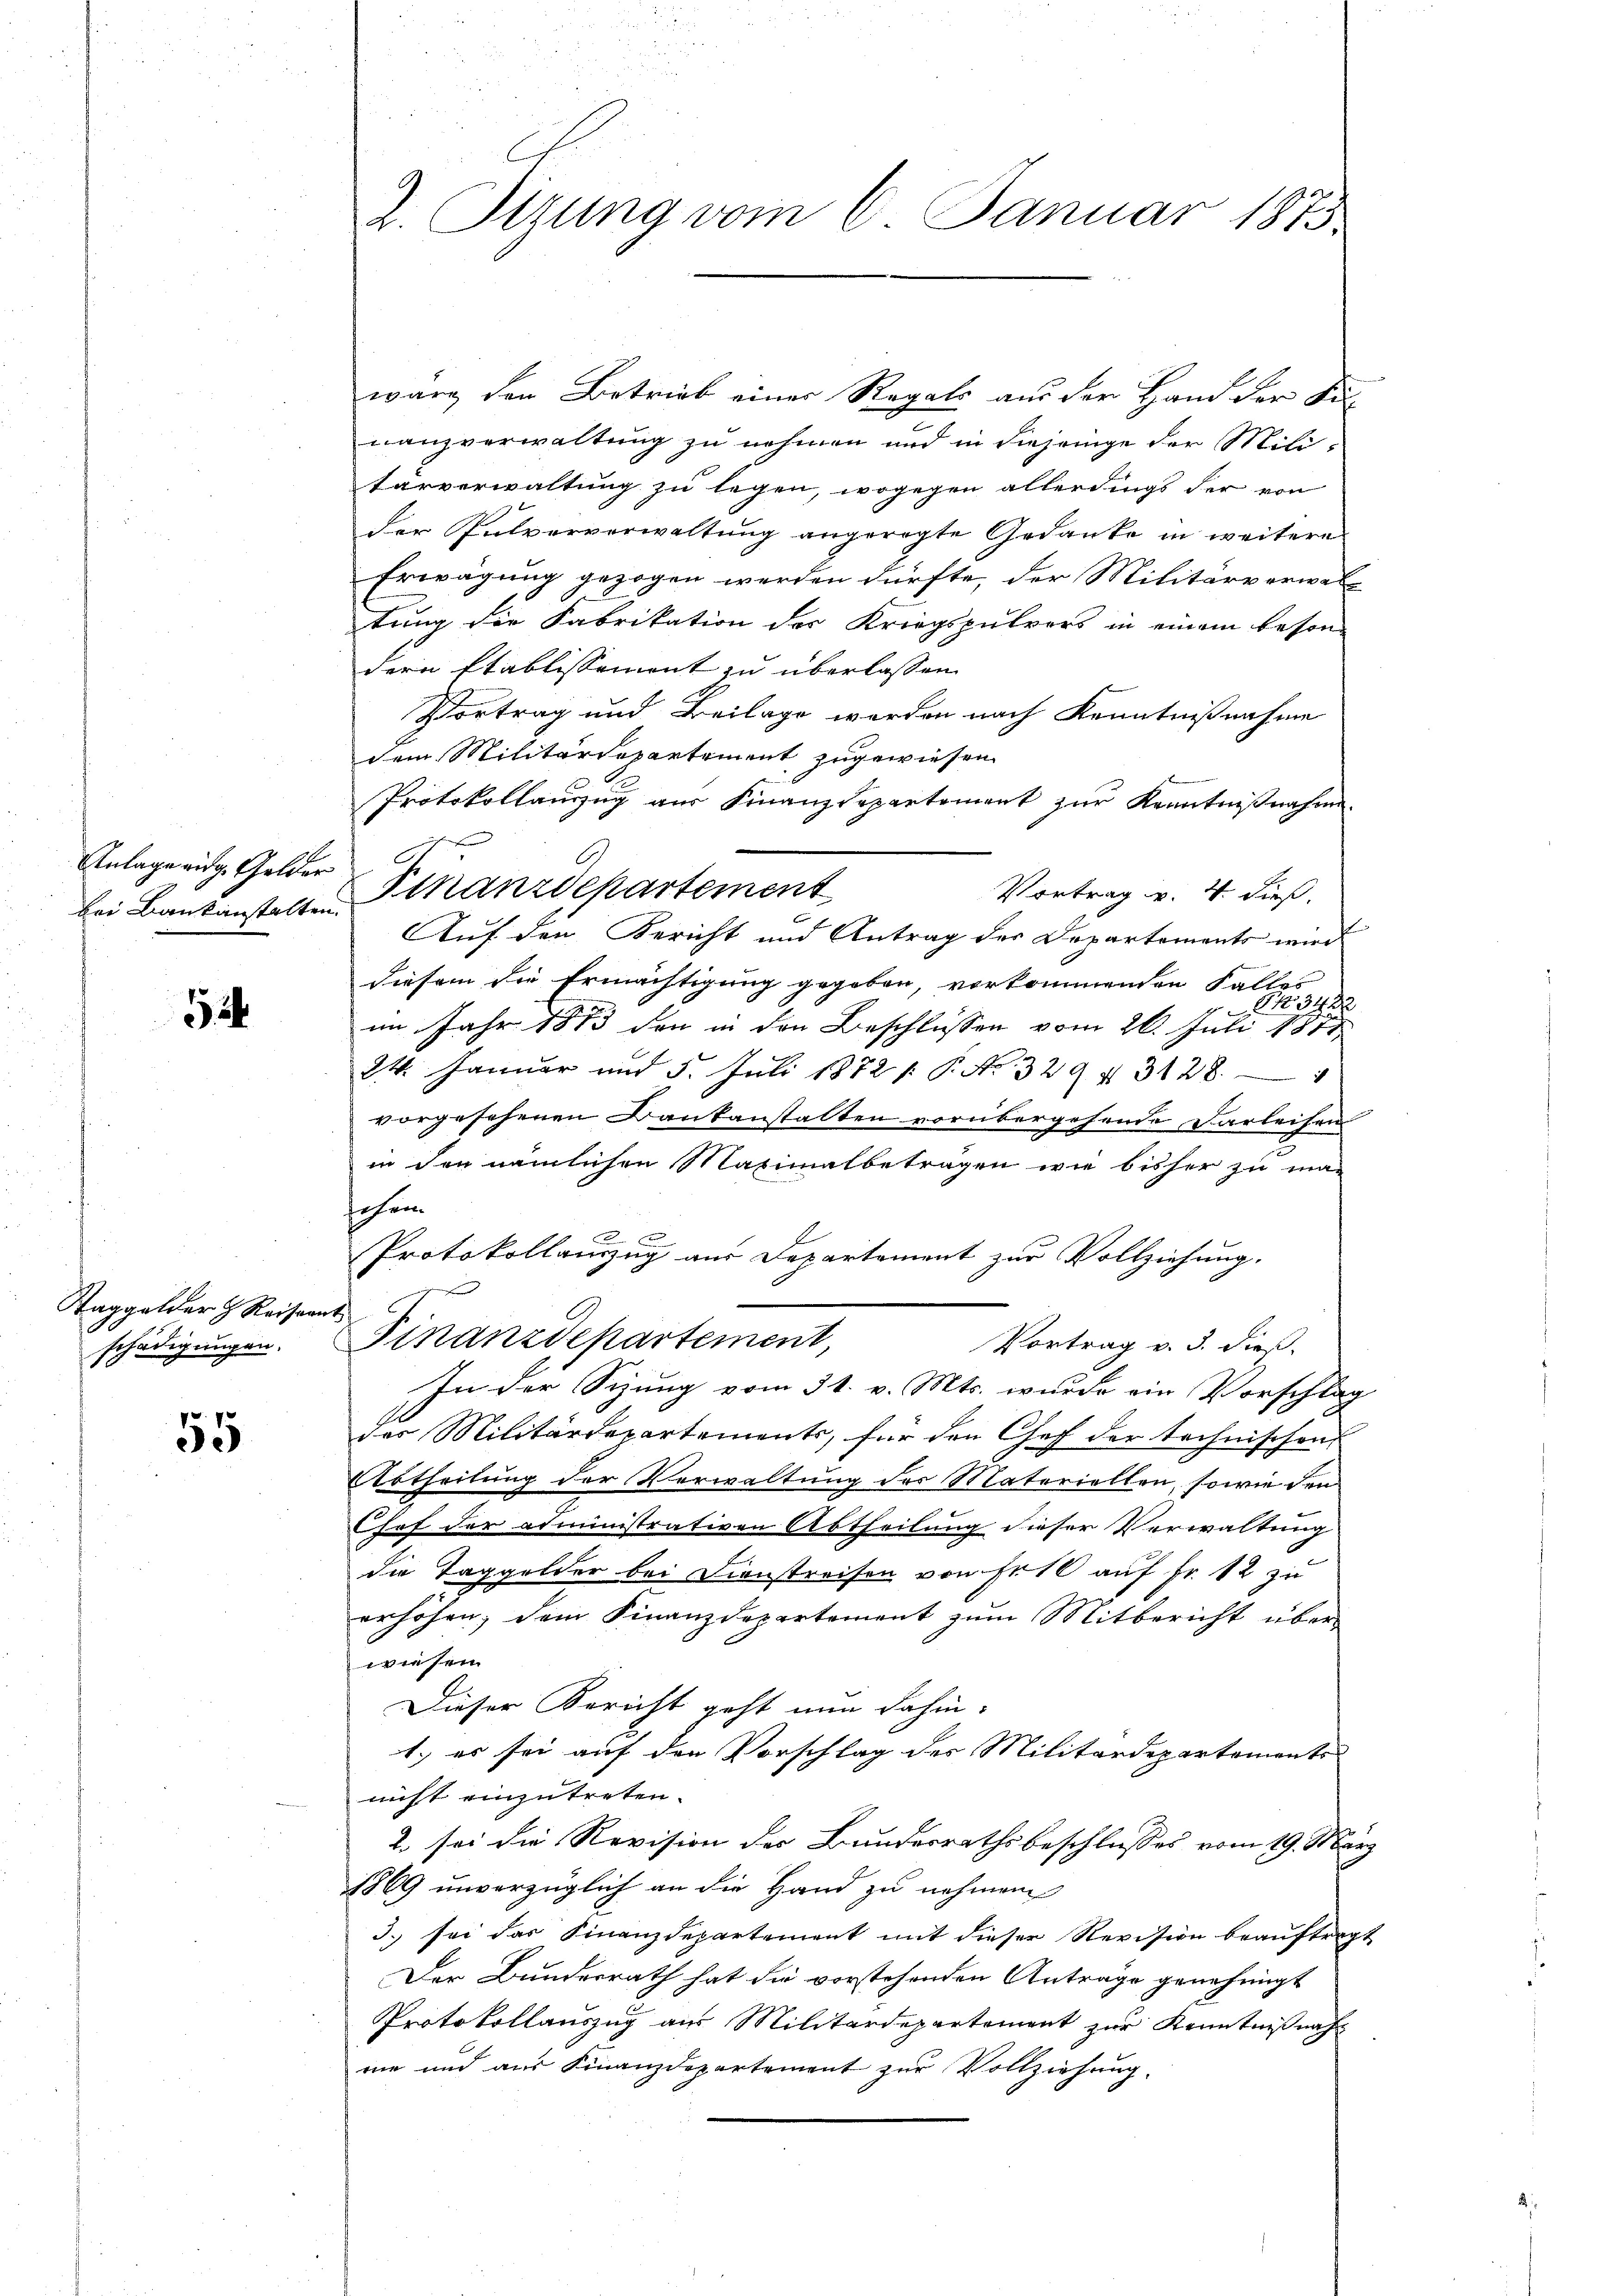
Anlage eidg. Gelder St

524

Taggelder H. Reiseant
schädigungen.

55

2. Tizung vom 6. Januar 1875.

war den Betrieb einer Regale aus der Hand der Aus
nanzverwaltung zu nehmen und in diejenige der Mili-
tärverwaltung zu legen, wogegen allerdings der von
der Pulververwaltung angeregte Gedanke in weitere
Erwägung gezogen werden dürfte, der Militärverwaltung der Fabrikation des Kriegspülrers in einem beson-
dern Etablissement zu überlassen
Vortrag und Beilage werden nach Kenntnißnahme
dem Militärdepartement zugewiesen.
Protokollauszug aus Finanzdepartement zur Kenntnißnahme.
Vortrag v. 4. dieß,
Auf den Bericht und Antrag des Dopartements wird
diesem die Ermächtigung gegeben, vorkommenden Falles
P. 3422

im Jahr 1813 den in den Beschlüssen vom 26. Juli 1877
24. Januar und 5. Juli 1872 f. P. No. 3294 3128.
ich
vorgesehenen Bankanstalten vorübergehende Darleihen
in den nämlichen Maximalbetragen wie bisher zu ma-
sehen.

Protokollanzug aus Departement zur Vollziehung.
ch
Finanzdepartement,
Vortrag v. 3. dieß.
In der Sitzung vom 31. v. Mts. wurde ein Vorschlag
des Militärdepartements, für den Chef der technischen
Abtheilung der Verwaltung des Materiellen, sowie den
Chef der administrativen Abtheilung dieser Verwaltung
die Taggelder bei Dienstreisen von Fr. 10 auf Fr. 12 zu
erhöhen; dem Finanzdepartement zŭm Mitbericht über-
wiesen.
Dieser Bericht geht nun dahin:
1.) es sei auf den Vorschlag des Militärdepartements
nicht einzutreten.
2. sei die Revision des Bundesrathsbeschlusses vom 19. März
1869 unverzüglich an die Hand zu nehmen
3. sei das Finanzdepartement mit dieser Revision beauftragt
Der Bundesrath hat die vorstehenden Anträge genehmigt
Protokollauszug aus Militärdepartement zur Kenntnißnah
mie und aŭs Finanzdepartement zŭr Vollziehŭng.

bei Baukanstalten Finanzdepartement